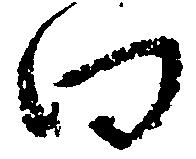
向